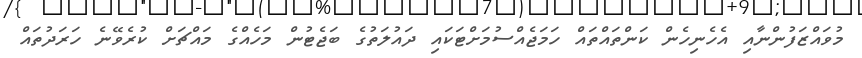
މުވައްޒަފުންނާއި އެހެނިހެން ކަންތައްތައް ހަމަޖެއްސުމަށްޓަކައި ދައުލަތުގެ ބަޖެޓުން މަހެއްގެ މައްޗަށް ކުރެވޭނެ ހަރަދުތައް